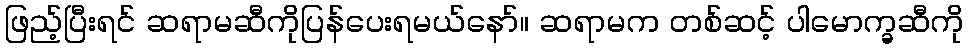
ဖြည့်ပြီးရင် ဆရာမဆီကိုပြန်ပေးရမယ်နော်။ ဆရာမက တစ်ဆင့် ပါမောက္ခဆီကို